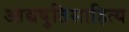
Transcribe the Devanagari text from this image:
आद्यषुतिसाहित्य